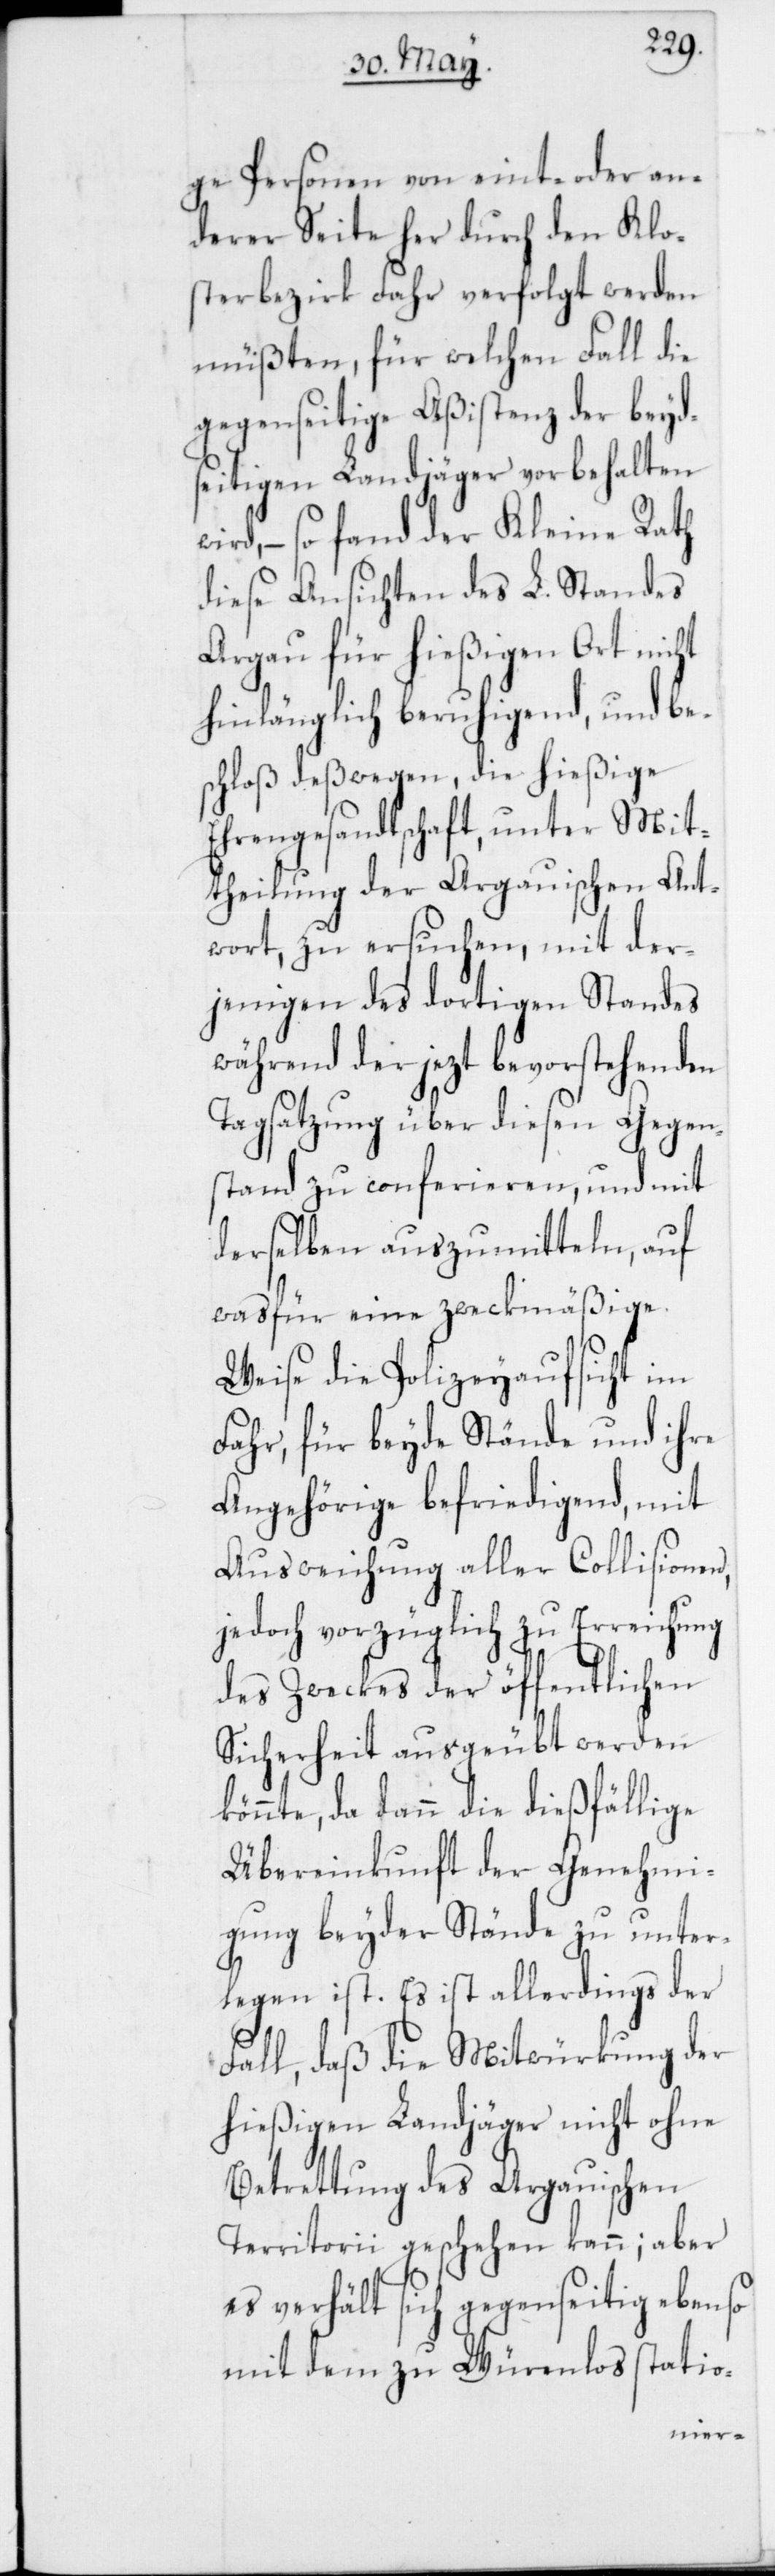
ge Personen von eint- oder an¬
derer Seite her durch den Klo¬
sterbezirk Fahr verfolgt werden
müßten, für welchen Fall die
gegenseitige Aßistenz der beyd¬
seitigen Landjäger vorbehalten
wird, – so fand der Kleine Rath
diese Ansichten des L. Standes
Argau für hießigen Ort nicht
hinlänglich beruhigend, und be¬
schloß deßwegen, die hießige
Ehrengesandtschaft, unter Mit¬
theilung der Argauischen Ant¬
wort, zu ersuchen, mit der¬
jenigen des dortigen Standes
während der jezt bevorstehenden
Tagsatzung über diesen Gegen¬
stand zu conferieren, und mit
derselben auszumitteln, auf
was für eine zweckmäßige
Weise die Polizeyaufsicht im
Fahr, für beyde Stände und ihre
Angehörige befriedigend, mit
Ausweichung aller Collisionen,
jedoch vorzüglich zu Erreichung
des Zweckes der öffentlichen
Sicherheit ausgeübt werden k¬
önnte, da dann die dießfällige
Übereinkunft der Genehmi¬
gung beyder Stände zu unter¬
legen ist. Es ist allerdings der
Fall, daß die Mitwürkung der
hießigen Landjäger nicht ohne
Betrettung des Argauischen
Territorii geschehen kann; aber
es verhält sich gegenseitig ebenso
mit dem zu Würenlos statio-